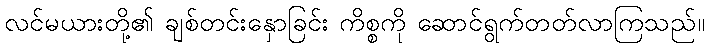
လင်မယားတို့၏ ချစ်တင်းနှောခြင်း ကိစ္စကို ဆောင်ရွက်တတ်လာကြသည်။